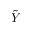
\tilde { Y }